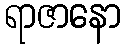
ရာဇာနော